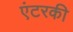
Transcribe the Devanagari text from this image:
एंटरकी